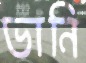
ভানি